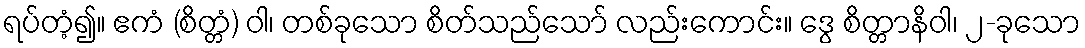
ရပ်တံ့၍။ ဧကံ (စိတ္တံ) ဝါ၊ တစ်ခုသော စိတ်သည်သော် လည်းကောင်း။ ဒွေ စိတ္တာနိဝါ၊ ၂-ခုသော